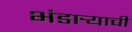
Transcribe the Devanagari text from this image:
भंडार्‍याची